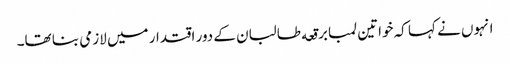
انہوں نے کہا کہ خواتین لمبا برقعه طالبان کے دور اقتدار میں لازمی بنا تھا۔